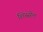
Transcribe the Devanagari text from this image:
शिस्सेल